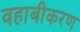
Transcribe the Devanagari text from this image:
वहाबीकरण